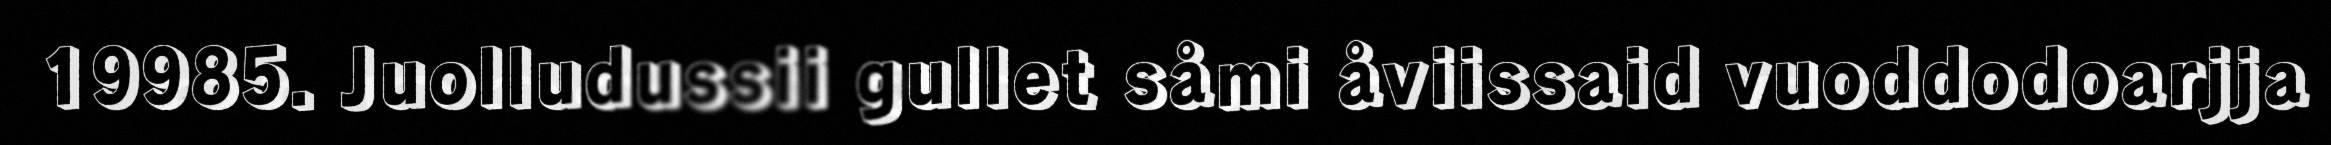
19985. Juolludussii gullet såmi åviissaid vuoddodoarjja